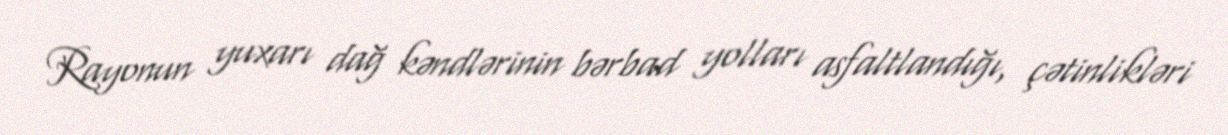
Rayonun yuxarı dağ kəndlərinin bərbad yolları asfaltlandığı, çətinlikləri